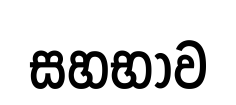
සහභාව